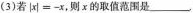
(3)若$$|x|=-x$$，则x的取值范围是___.